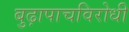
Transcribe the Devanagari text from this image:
बुढ़ापाचविरोधी